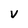
Character: v